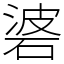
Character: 碆